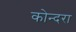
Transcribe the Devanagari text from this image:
कोन्दरा